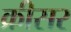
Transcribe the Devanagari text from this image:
क्रीसर